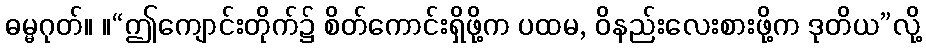
ဓမ္မဂုတ်။ ။“ဤကျောင်းတိုက်၌ စိတ်ကောင်းရှိဖို့က ပထမ, ဝိနည်းလေးစားဖို့က ဒုတိယ”လို့